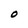
Character: O